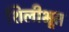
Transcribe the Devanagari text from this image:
शिलीभूत